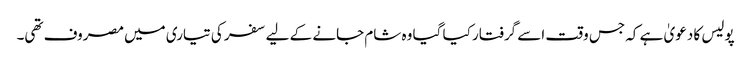
پولیس کا دعویٰ ہے کہ جس وقت اسے گرفتار کیا گیا وہ شام جانے کے لیے سفر کی تیاری میں مصروف تھی۔